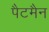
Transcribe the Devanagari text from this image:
पैटमैन